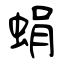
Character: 蜎